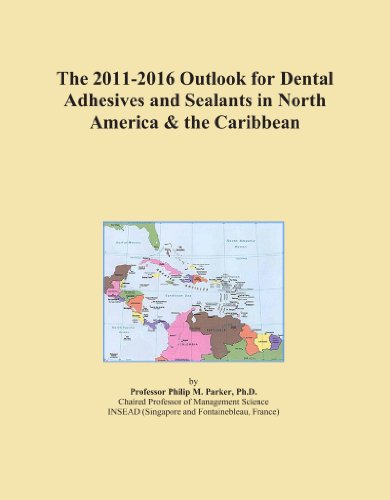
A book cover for The 2011-2016 Outlook for Dental Adhesives and Sealants in North America & the Caribbean; Icon Group International; Medical Books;